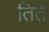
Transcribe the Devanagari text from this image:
तिते